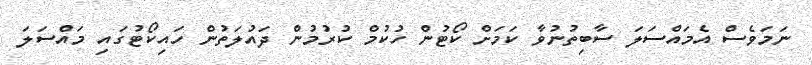
ނަމަވެސް އެމައްސަލަ ސާބިތުނުވާ ކަމަށް ކޯޓުން ހުކުމް ކުރުމުން ދައުލަތުން ހައިކޯޓުގައި މައްސަލަ